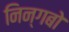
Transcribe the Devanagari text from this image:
निन्गबो